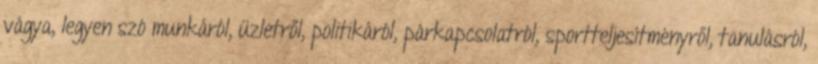
vágya, legyen szó munkáról, üzletről, politikáról, párkapcsolatról, sportteljesítményről, tanulásról,